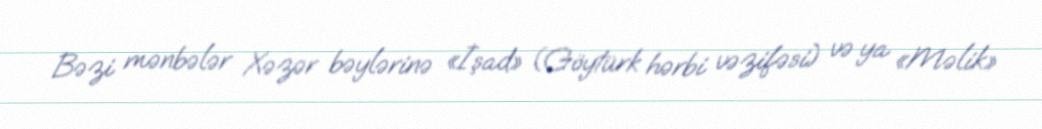
Bəzi mənbələr Xəzər bəylərinə «İşad» (Göytürk hərbi vəzifəsi) və ya «Məlik»